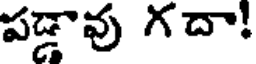
పడ్డావు గదా!